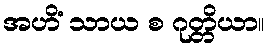
အဟိံ သာယ စ ဂုတ္တိယာ။